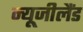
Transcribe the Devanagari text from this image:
न्‍यूजीलैंड